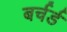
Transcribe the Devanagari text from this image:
बर्चर्ड